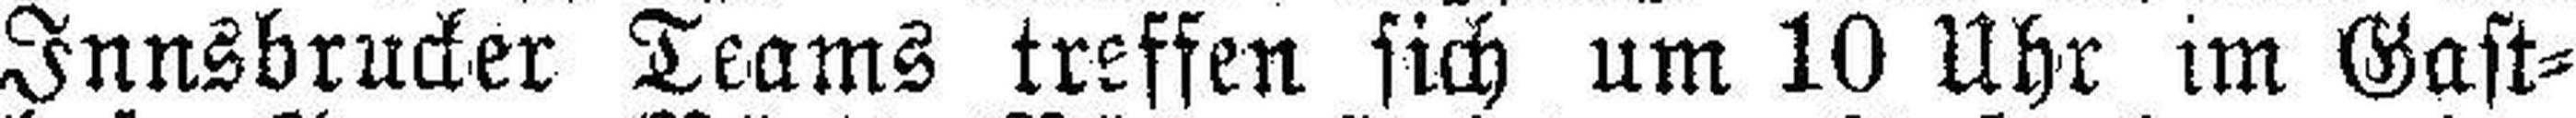
Innsbrucker Teams treffen sich um 10 Uhr im Gast¬